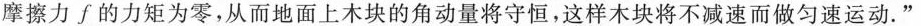
摩擦力f的力矩为零，从而地面上木块的角动量将守恒，这样木块将不减速而做匀速运动。”